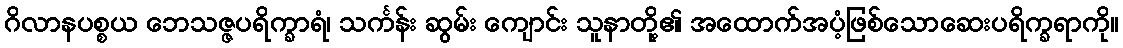
ဂိလာနပစ္စယ ဘေသဇ္ဇပရိက္ခာရံ၊ သင်္ကန်း ဆွမ်း ကျောင်း သူနာတို့၏ အထောက်အပံ့ဖြစ်သောဆေးပရိက္ခရာကို။